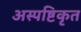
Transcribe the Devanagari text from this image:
अस्पष्टिकृत